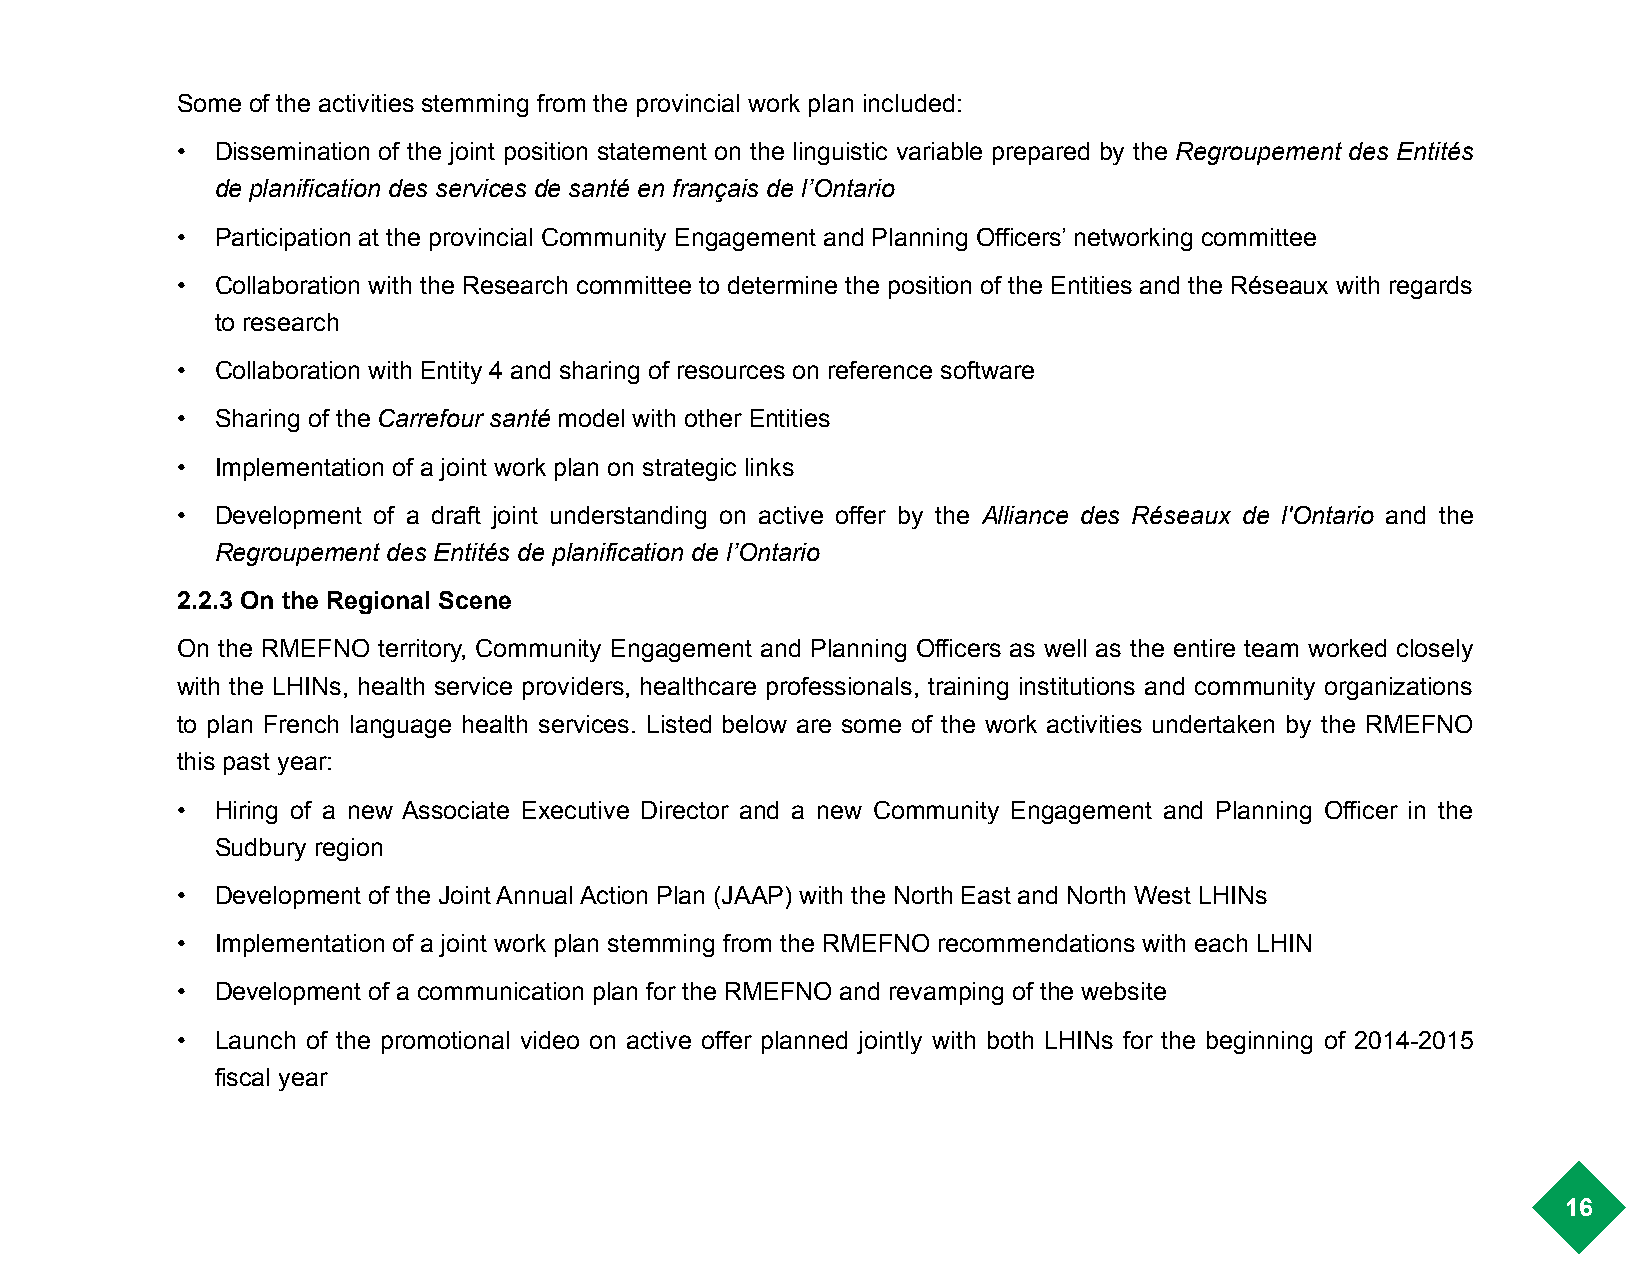
Some of the activities stemming from the provincial work plan included:
 • Dissemination of the joint position statement on the linguistic variable prepared by the Regroupement des Entités
 de planification des services de santé en français de l’Ontario
 • Participation at the provincial Community Engagement and Planning Officers’ networking committee
 • Collaboration with the Research committee to determine the position of the Entities and the Réseaux with regards
 to research
 • Collaboration with Entity 4 and sharing of resources on reference software
 • Sharing of the Carrefour santé model with other Entities
 • Implementation of a joint work plan on strategic links
 • Development of a draft joint understanding on active offer by the Alliance des Réseaux de l'Ontario and the
 Regroupement des Entités de planification de l’Ontario
 2.2.3 On the Regional Scene
 On the RMEFNO territory, Community Engagement and Planning Officers as well as the entire team worked closely
 with the LHINs, health service providers, healthcare professionals, training institutions and community organizations
 to plan French language health services. Listed below are some of the work activities undertaken by the RMEFNO
 this past year:
 • Hiring of a new Associate Executive Director and a new Community Engagement and Planning Officer in the
 Sudbury region
 • Development of the Joint Annual Action Plan (JAAP) with the North East and North West LHINs
 • Implementation of a joint work plan stemming from the RMEFNO recommendations with each LHIN
 • Development of a communication plan for the RMEFNO and revamping of the website
 • Launch of the promotional video on active offer planned jointly with both LHINs for the beginning of 2014-2015
 fiscal year
 16